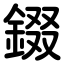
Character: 錣